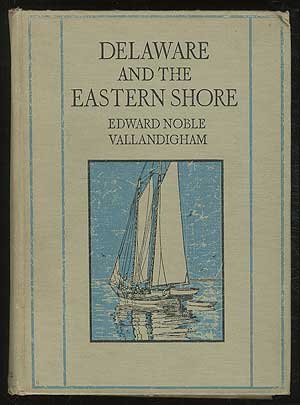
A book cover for Delaware and the Eastern shore;: Some aspects of a peninsula pleasant and well beloved,; Edward Noble Vallandigham; Travel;